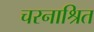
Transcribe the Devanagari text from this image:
चरनाश्रित